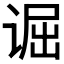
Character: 𫍮